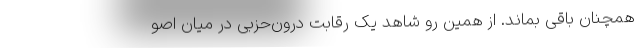
همچنان باقی بماند. از همین رو شاهد یک رقابت درون‌حزبی در میان اصو